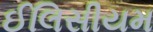
ઈલિસીયમ